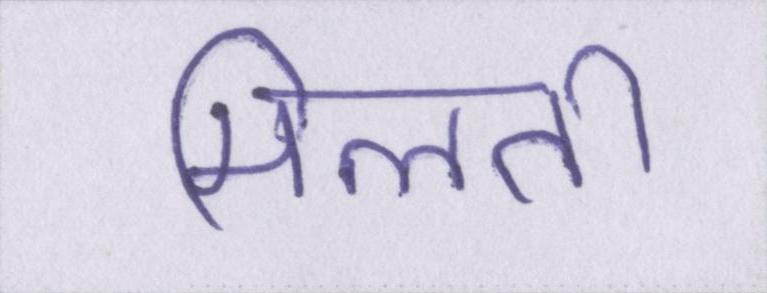
मिलती